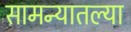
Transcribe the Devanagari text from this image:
सामन्यातल्या